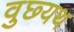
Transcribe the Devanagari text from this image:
वुछ्यथ